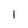
Character: 1